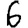
Digit: 6